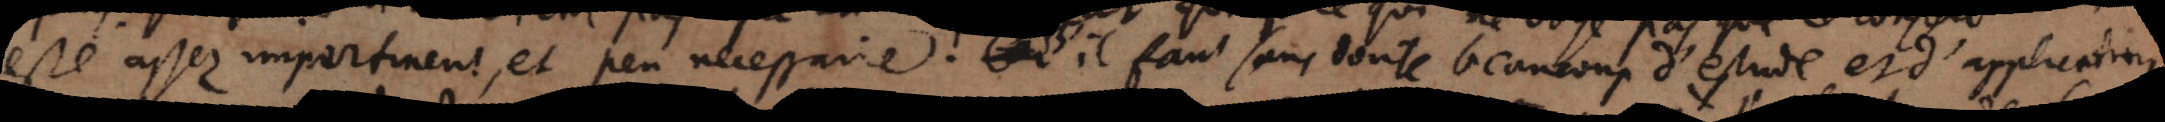
este´ assez impertinent, et peu necessaire. Car il faut sans doute beaucoup d’estude et d’application,